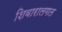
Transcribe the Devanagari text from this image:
शिवारालगत